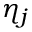
\eta _ { j }